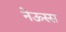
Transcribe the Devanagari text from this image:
नेऊस्स